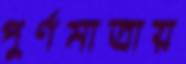
পুর্ণমাত্রায়